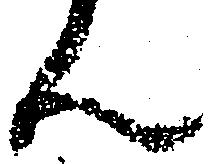
ん